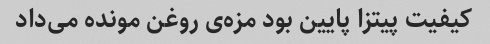
کیفیت پیتزا پایین بود مزه‌ی روغن مونده می‌داد